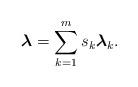
LaTeX: \begin{align*}\boldsymbol{\lambda} = \sum\limits_{k=1}^m s_k \boldsymbol{\lambda}_k.\end{align*}